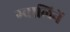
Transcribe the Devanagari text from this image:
ग्वालिनें